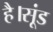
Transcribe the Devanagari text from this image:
है।सूंड